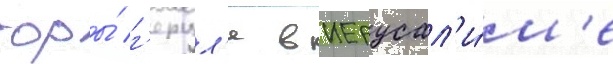
горы́ г'ерцл'я в иерусал'и́м'е